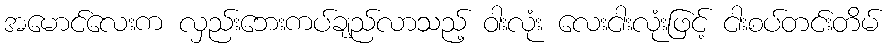
အမောင်လေးက လှည်းဘေးကပ်ချည်လာသည့် ဝါးလုံး လေးငါးလုံးဖြင့် ငါးစပ်တင်းတိမ်